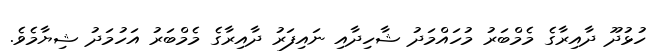
ހުޅުދޫ ދާއިރާގެ މެމްބަރު މުހައްމަދު ޝާހިދާއި ނައިފަރު ދާއިރާގެ މެމްބަރު އަހުމަދު ޝިޔާމެވެ.